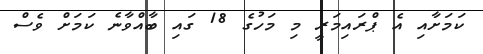
ކަމަށާއި އެ ޕްރައިމަރީ މި މަހުގެ 18 ގައި ބާއްވާނެ ކަމަށް ވެސް